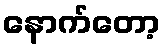
နောက်တော့